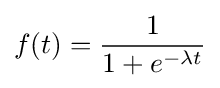
f(t)={\frac {1}{1+e^{-\lambda t}}}